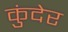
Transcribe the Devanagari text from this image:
कुंदेर